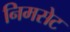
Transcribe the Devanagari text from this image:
निमसेट